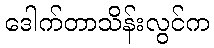
ဒေါက်တာသိန်းလွင်က